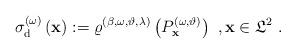
LaTeX: \begin{align*}\sigma _{\mathrm{d}}^{(\omega )}\left( \mathbf{x}\right) :=\varrho ^{(\beta,\omega ,\vartheta ,\lambda )}\left( P_{\mathbf{x}}^{(\omega ,\vartheta)}\right) \ ,\mathbf{x}\in \mathfrak{L}^{2}\ .\end{align*}